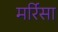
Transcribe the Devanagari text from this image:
मर्रिसा